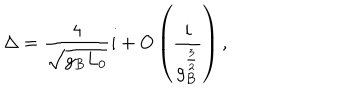
\Delta = { \frac { 4 } { \sqrt { g _ { B } L _ { 0 } } } } i + O \left( { \frac { i } { g _ { B } ^ { \frac { 3 } { 2 } } } } \right) ,